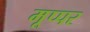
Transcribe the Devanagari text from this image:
मूप्पर